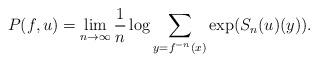
LaTeX: \begin{align*}P(f,u)=\lim_{n\to\infty}\frac{1}{n}\log\sum_{y=f^{-n}(x)}\exp(S_{n}(u)(y)).\end{align*}